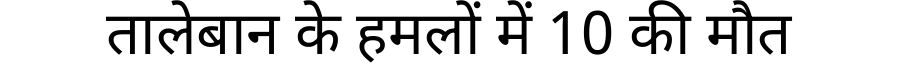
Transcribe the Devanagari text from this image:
तालेबान के हमलों में 10 की मौत